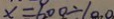
x = 6 0 0 \div 1 0 . 0